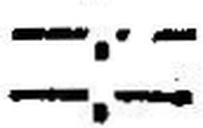
—.—